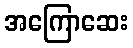
အကြောဆေး